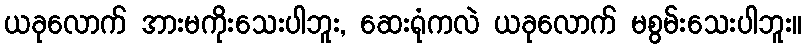
ယခုလောက် အားမကိုးသေးပါဘူး, ဆေးရုံကလဲ ယခုလောက် မစွမ်းသေးပါဘူး။